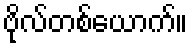
ဗိုလ်တစ်ယောက်။